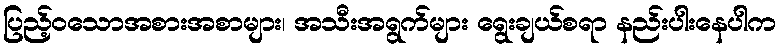
ပြည့်ဝသောအစားအစာများ၊ အသီးအရွက်များ ရွေးချယ်စရာ နည်းပါးနေပါက